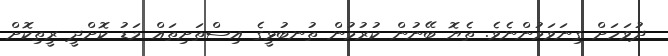
ދުވަހަށް ގިނަވަމުންނެވެ. ތެޔޮ ބޭނުން ކުރުމުން ތުނބުޅީގެ އިސްތަށިތައް މަޑު ކޮށްދީ ރީތިކޮށް